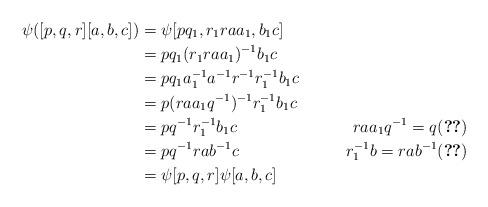
LaTeX: \begin{align*}\psi([p,q,r][a,b,c]) &= \psi[pq_1, r_1raa_1, b_1c]\\&= pq_1(r_1raa_1)^{-1}b_1c\\&= pq_1a_1^{-1}a^{-1}r^{-1}r_1^{-1}b_1c\\&= p(raa_1q^{-1})^{-1}r_1^{-1}b_1c\\&= pq^{-1}r_1^{-1}b_1c &raa_1q^{-1} = q\eqref{eq:cal1}\\&= pq^{-1}rab^{-1}c &r_1^{-1}b = rab^{-1} \eqref{eq:cal2}\\&=\psi[p,q,r]\psi[a,b,c]\end{align*}